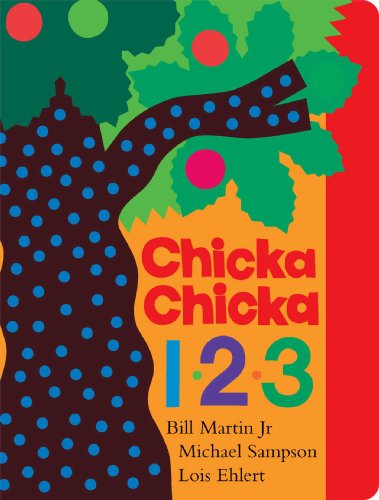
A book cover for Chicka Chicka 1, 2, 3 (Chicka Chicka Book, A); Bill Martin Jr.; Children's Books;